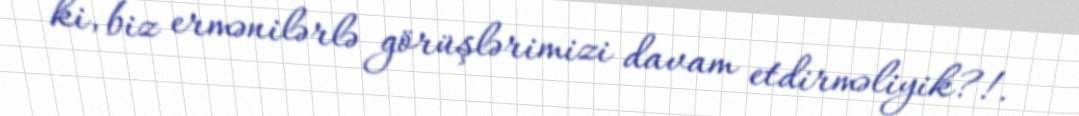
ki, biz ermənilərlə görüşlərimizi davam etdirməliyik?!.